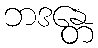
ဘဒန္တေ